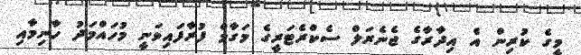
މީގެ ކުރިން އެ އިދާރާގެ ޖެނެރަލް ސެކްރެޓަރީގެ މަގާމް ފުރާފައިވަނީ މުހައްމަދު ހާނިމާއި